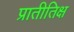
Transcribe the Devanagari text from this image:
प्रातीतिक्ष